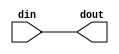
module inputsim(
input [31:0]din,
output [31:0]dout
 ); 
reg [31:0]temp;
assign dout=temp;
always@(*)
temp=din;
endmodule